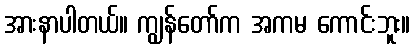
အားနာပါတယ်။ ကျွန်တော်က အကမ ကောင်းဘူး။